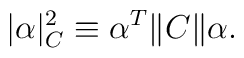
|\alpha|_C^2 \equiv \alpha^T \|C\| \alpha .